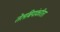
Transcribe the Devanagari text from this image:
तेलबियांकरिता